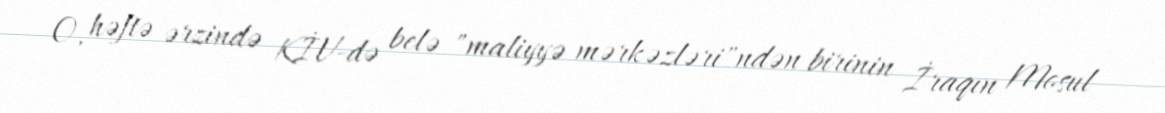
O, həftə ərzində KİV-də belə "maliyyə mərkəzləri"ndən birinin İraqın Mosul